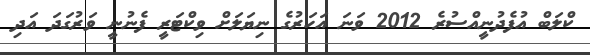
ކްލަބް އުފެދުނީއްސުރެ 2012 ވަނަ އަހަރުގެ ނިޔަލަށް ވިކްޓަރީ ފެނުނީ ވަރުގަދަ އަދި